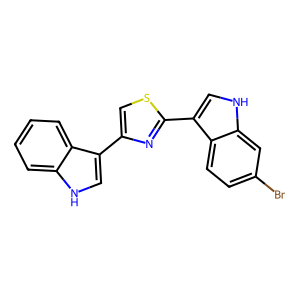
SMILES: Brc1ccc2c(-c3nc(-c4c[nH]c5ccccc45)cs3)c[nH]c2c1
Inhibits HIV replication: No